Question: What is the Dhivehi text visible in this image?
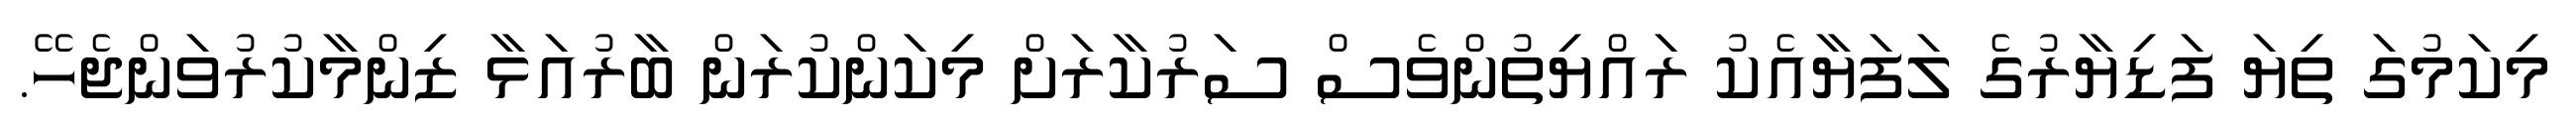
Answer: މިކަމުގަ ތިޔަ ފަޑިޔާރުގެ ލަފަޔާއެކު ރައްޔިތުންވެސް ސަރުކާރަށް މިކަންކުރަން ބާރުއަޅާ ޒިންމާކުރުވަންޖެހޭ.